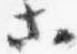
等